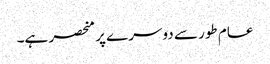
عام طور سے دوسرے پر منحصر ہے۔